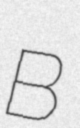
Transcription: B